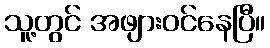
သူ့တွင် အဖျားဝင်နေပြီ။